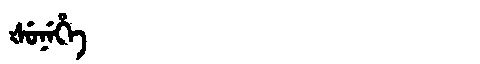
Manchu: ᡧᡠᠨᡝᡥᡝ
Romanization: ŠUNEHE